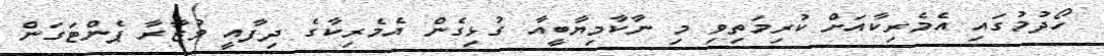
ހޯދުމުގައި އެމެރިކާއަށް ކުރިމަތިވި މި ނާކާމިޔާބީއާ ގުޅިގެން އެމެރިކާގެ ދިފާއީ ވުޒާރާ ޕެންޓަގަން